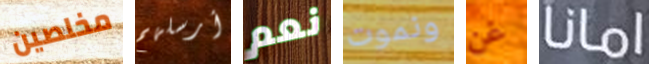
مخلصين أرسلهم نعم ونموت غن امانا